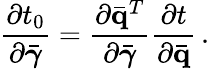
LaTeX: \frac{\partial t_{0}}{\partial\bar{\boldsymbol{\gamma}}}=\frac{\partial\bar{\mathbf q}^{T}}{\partial\bar{\boldsymbol{\gamma}}}\frac{\partial t}{\partial\bar{\mathbf q}}\, .